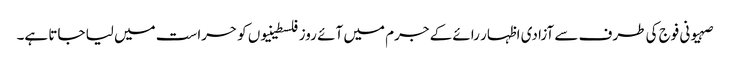
صہیونی فوج کی طرف سے آزادی اظہار رائے کے جرم میں آئے روز فلسطینیوں کو حراست میں لیا جاتا ہے۔